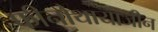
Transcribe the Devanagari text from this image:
फीनोथायाजीन